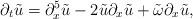
LaTeX: \begin{align*}\partial_{t}\tilde{u}=\partial_{x}^{5}\tilde{u}-2\tilde{u}\partial_{x}\tilde{u}+\tilde{\omega}\partial_{x}\tilde{u},\end{align*}